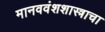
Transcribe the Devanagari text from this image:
मानववंशशास्त्राचा